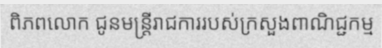
ពិភពលោក ជូនមន្ត្រីរាជការរបស់ក្រសួងពាណិជ្ជកម្ម